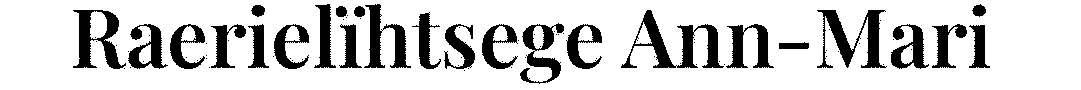
Raerielïhtsege Ann-Mari